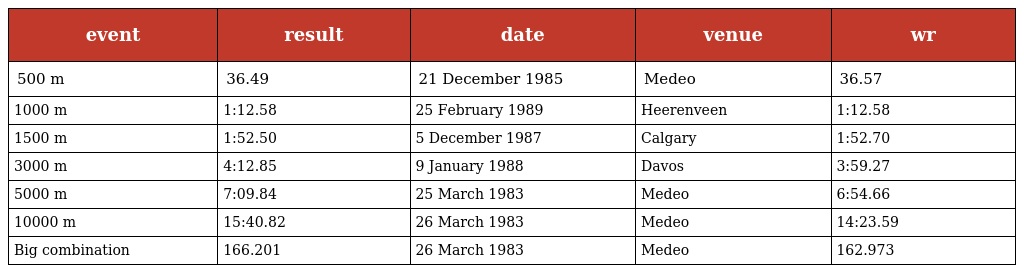
| event | result | date | venue | wr |
 | --- | --- | --- | --- | --- |
 | 500 m | 36.49 | 21 December 1985 | Medeo | 36.57 |
 | 1000 m | 1:12.58 | 25 February 1989 | Heerenveen | 1:12.58 |
 | 1500 m | 1:52.50 | 5 December 1987 | Calgary | 1:52.70 |
 | 3000 m | 4:12.85 | 9 January 1988 | Davos | 3:59.27 |
 | 5000 m | 7:09.84 | 25 March 1983 | Medeo | 6:54.66 |
 | 10000 m | 15:40.82 | 26 March 1983 | Medeo | 14:23.59 |
 | Big combination | 166.201 | 26 March 1983 | Medeo | 162.973 |